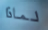
لماذا